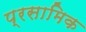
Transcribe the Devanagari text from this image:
प्रसामिक